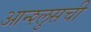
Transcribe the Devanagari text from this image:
आन्श्लुसची